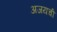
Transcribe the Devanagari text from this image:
अजयची